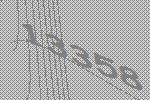
13358